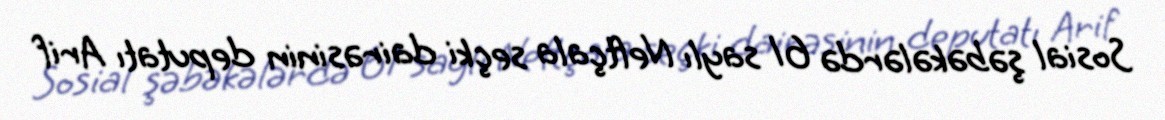
Sosial şəbəkələrdə 61 saylı Neftçala seçki dairəsinin deputatı Arif